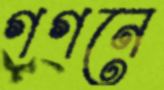
গগনে